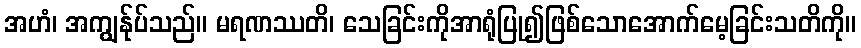
အဟံ၊ အကျွန်ုပ်သည်။ မရဏဿတိ၊ သေခြင်းကိုအာရုံပြု၍ဖြစ်သောအောက်မေ့ခြင်းသတိကို။